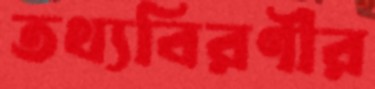
তথ্যবিরণীর